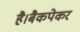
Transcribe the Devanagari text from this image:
है।बैकपेकर